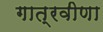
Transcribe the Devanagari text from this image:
गात्रवीणा